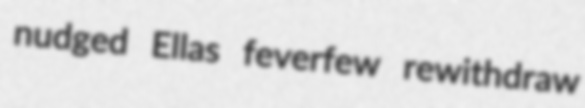
nudged Ellas feverfew rewithdraw